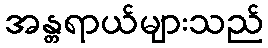
အန္တရာယ်များသည်